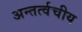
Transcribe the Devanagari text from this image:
अन्तर्त्वचीय